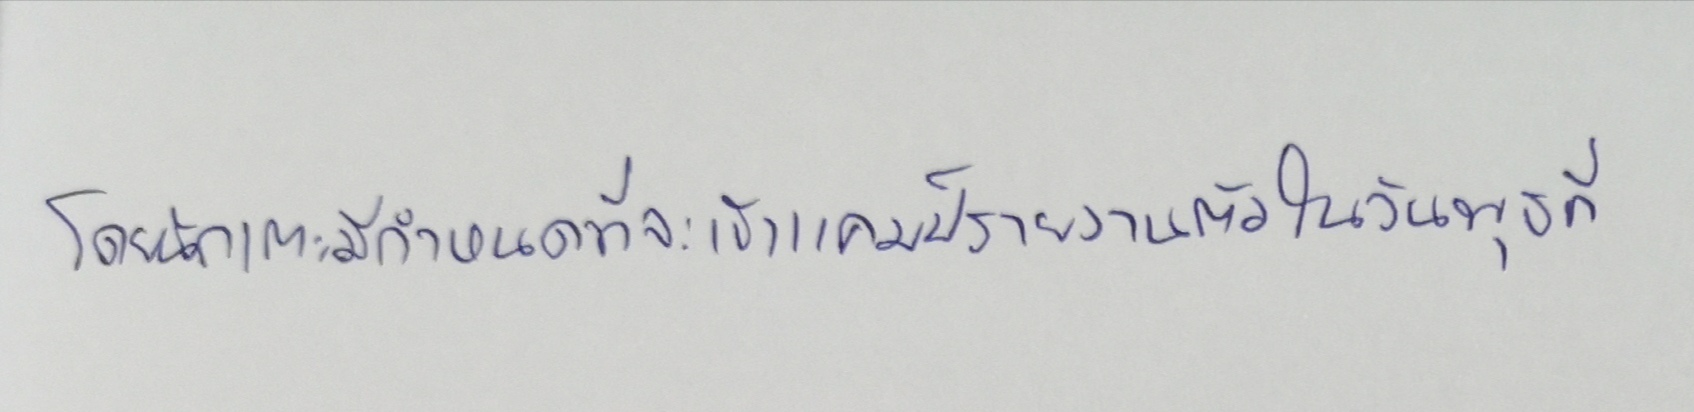
โดยนักเตะมีกำหนดที่จะเข้าแคมป์รายงานตัวในวันพุธที่